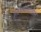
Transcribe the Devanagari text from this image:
लिंगभावातील